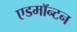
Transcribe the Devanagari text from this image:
एडमाॅन्टन